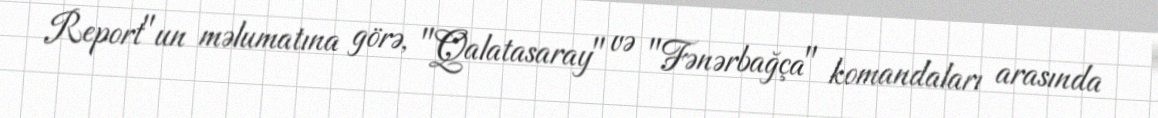
Report"un məlumatına görə, "Qalatasaray" və "Fənərbağça" komandaları arasında